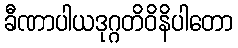
ခီဏာပါယဒုဂ္ဂတိဝိနိပါတော